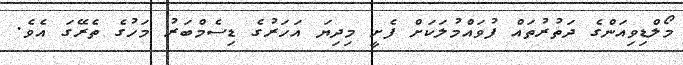
މޯލްޑިވިއަންގެ ދަތުރުތައް ފުވައްމުލަކަށް ފެށީ މިދިޔަ އަހަރުގެ ޑިސެމްބަރު މަހުގެ ތެރޭގަ އެވެ.